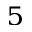
^ 5